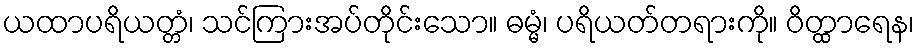
ယထာပရိယတ္တံ၊ သင်ကြားအပ်တိုင်းသော။ ဓမ္မံ၊ ပရိယတ်တရားကို။ ဝိတ္ထာရေန၊